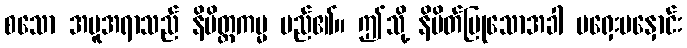
စသော အမူအရာသည် နိမိတ္တကမ္မ မည်၏။ ဤသို့ နိမိတ်ပြုသောအခါ မရှေးမနှောင်း